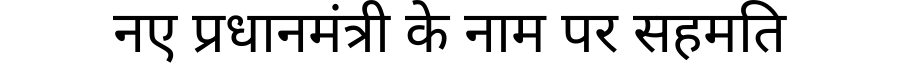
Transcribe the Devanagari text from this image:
नए प्रधानमंत्री के नाम पर सहमति